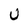
Character: U